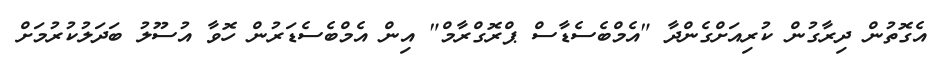
އެގޮތުން ދިރާގުން ކުރިއަށްގެންދާ "އެމްބެސެޑާސް ޕްރޮގްރާމް" އިން އެމްބެސެޑަރުން ހޮވާ އުސޫލު ބަދަލުކުރުމަށް